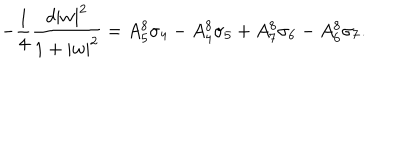
- { \frac { 1 } { 4 } } { \frac { d | w | ^ { 2 } } { 1 + | w | ^ { 2 } } } = A _ { 5 } ^ { 8 } \sigma _ { 4 } - A _ { 4 } ^ { 8 } \sigma _ { 5 } + A _ { 7 } ^ { 8 } \sigma _ { 6 } - A _ { 6 } ^ { 8 } \sigma _ { 7 } .